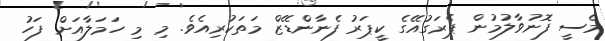
މެސީ ފޮނުވާލުމުން ޕެރަގުއޭގެ ކީޕަރު ފެނާންޑޭޒް މަތަކުރިއެވެ. މި މި ހަމަލާއަށް ފަހު